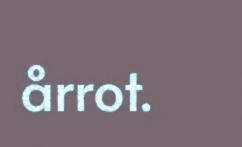
årrot.